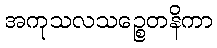
အကုသလသဉ္စေတနိကာ